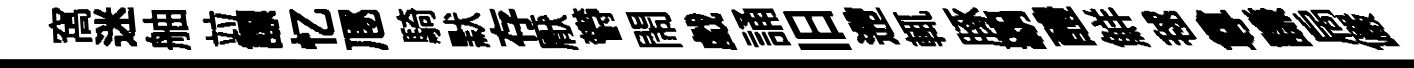
窩迷舳竝謤忆豗騎默存厭欎閙戯誦旧遰輒䐁覇醴鮮毬尊謙扄儼